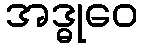
အဒ္ဓုဝေ